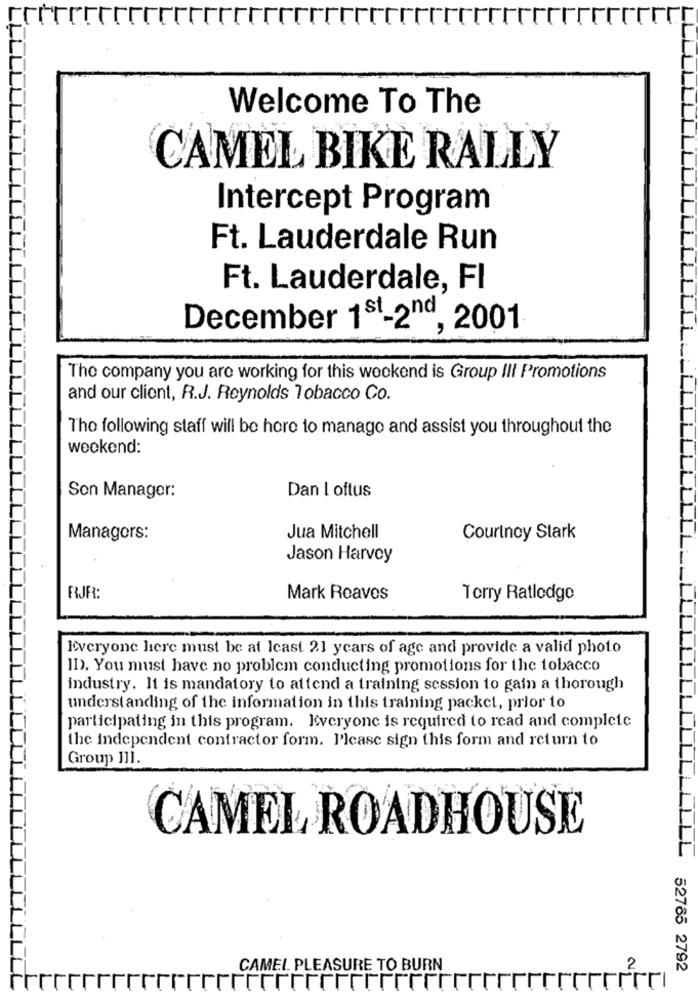
Welcome To The
CAMEL BIKE RALLY
Intercept Program
Ft. Lauderdale Run
Ft. Lauderdale, FI
December 1st-2nd, 2001
The company you are working for this weekend is Group III Promotions
and our client, R.J. Reynolds Tobacco Co.
The following staff will be here to manage and assist you throughout the
weekend:
Son Manager:
Dan loftus
Managers:
Jua Mitchell
Courtney Stark
Jason Harvey
RJR:
Mark Reaves
Torry Ratlodge
Everyone here must be at least 21 years of age and provide a valid photo
ID). You must have no problem conducting promotions for the tobacco
industry. It is mandatory to attend a training session to gain a thorough
understanding of the information in this training packet, prior to
participating in this program. Everyone is required to read and complete
the independent contractor form. Please sign this form and return to
Group 111.
CAMEL ROADHOUSE
CAMEL PLEASURE TO BURN
2
52765 2792